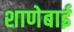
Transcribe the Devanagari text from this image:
शाणेबाई